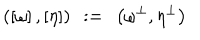
\left( \left[ \omega \right] , \left[ \eta \right] \right) \ : = \ \left( \omega ^ { \perp } , \eta ^ { \perp } \right)